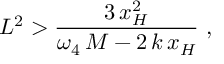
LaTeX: L ^ { 2 } > \frac { 3 \, x _ { H } ^ { 2 } } { \omega _ { 4 } \, M - 2 \, k \, x _ { H } } \, \, ,